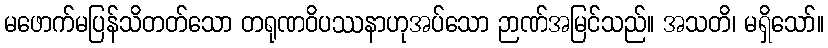
မဖောက်မပြန်သိတတ်သော တရုဏဝိပဿနာဟုအပ်သော ဉာဏ်အမြင်သည်။ အသတိ၊ မရှိသော်။